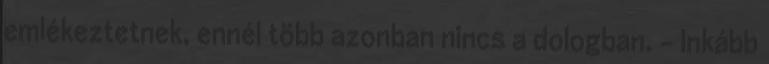
emlékeztetnek, ennél több azonban nincs a dologban. - Inkább